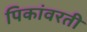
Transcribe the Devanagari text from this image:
पिकांवरती